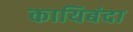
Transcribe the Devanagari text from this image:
कायिबंदा